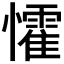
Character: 𭟙